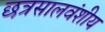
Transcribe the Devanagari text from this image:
छत्रसालवंशीय